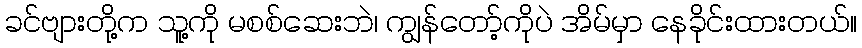
ခင်ဗျားတို့က သူ့ကို မစစ်ဆေးဘဲ၊ ကျွန်တော့်ကိုပဲ အိမ်မှာ နေခိုင်းထားတယ်။